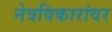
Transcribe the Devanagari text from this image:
नेत्रविकारांवर